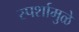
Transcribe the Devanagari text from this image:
स्पर्शामुळे